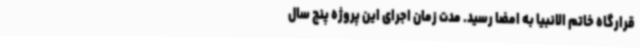
قرارگاه خاتم الانبیا به امضا رسید. مدت زمان اجرای این پروژه پنج سال